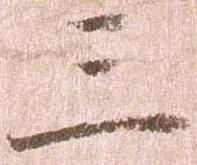
三